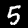
Label: 5